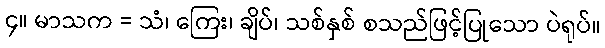
၄။ မာသက = သံ၊ ကြေး၊ ချိပ်၊ သစ်နှစ် စသည်ဖြင့်ပြုသော ပဲရုပ်။